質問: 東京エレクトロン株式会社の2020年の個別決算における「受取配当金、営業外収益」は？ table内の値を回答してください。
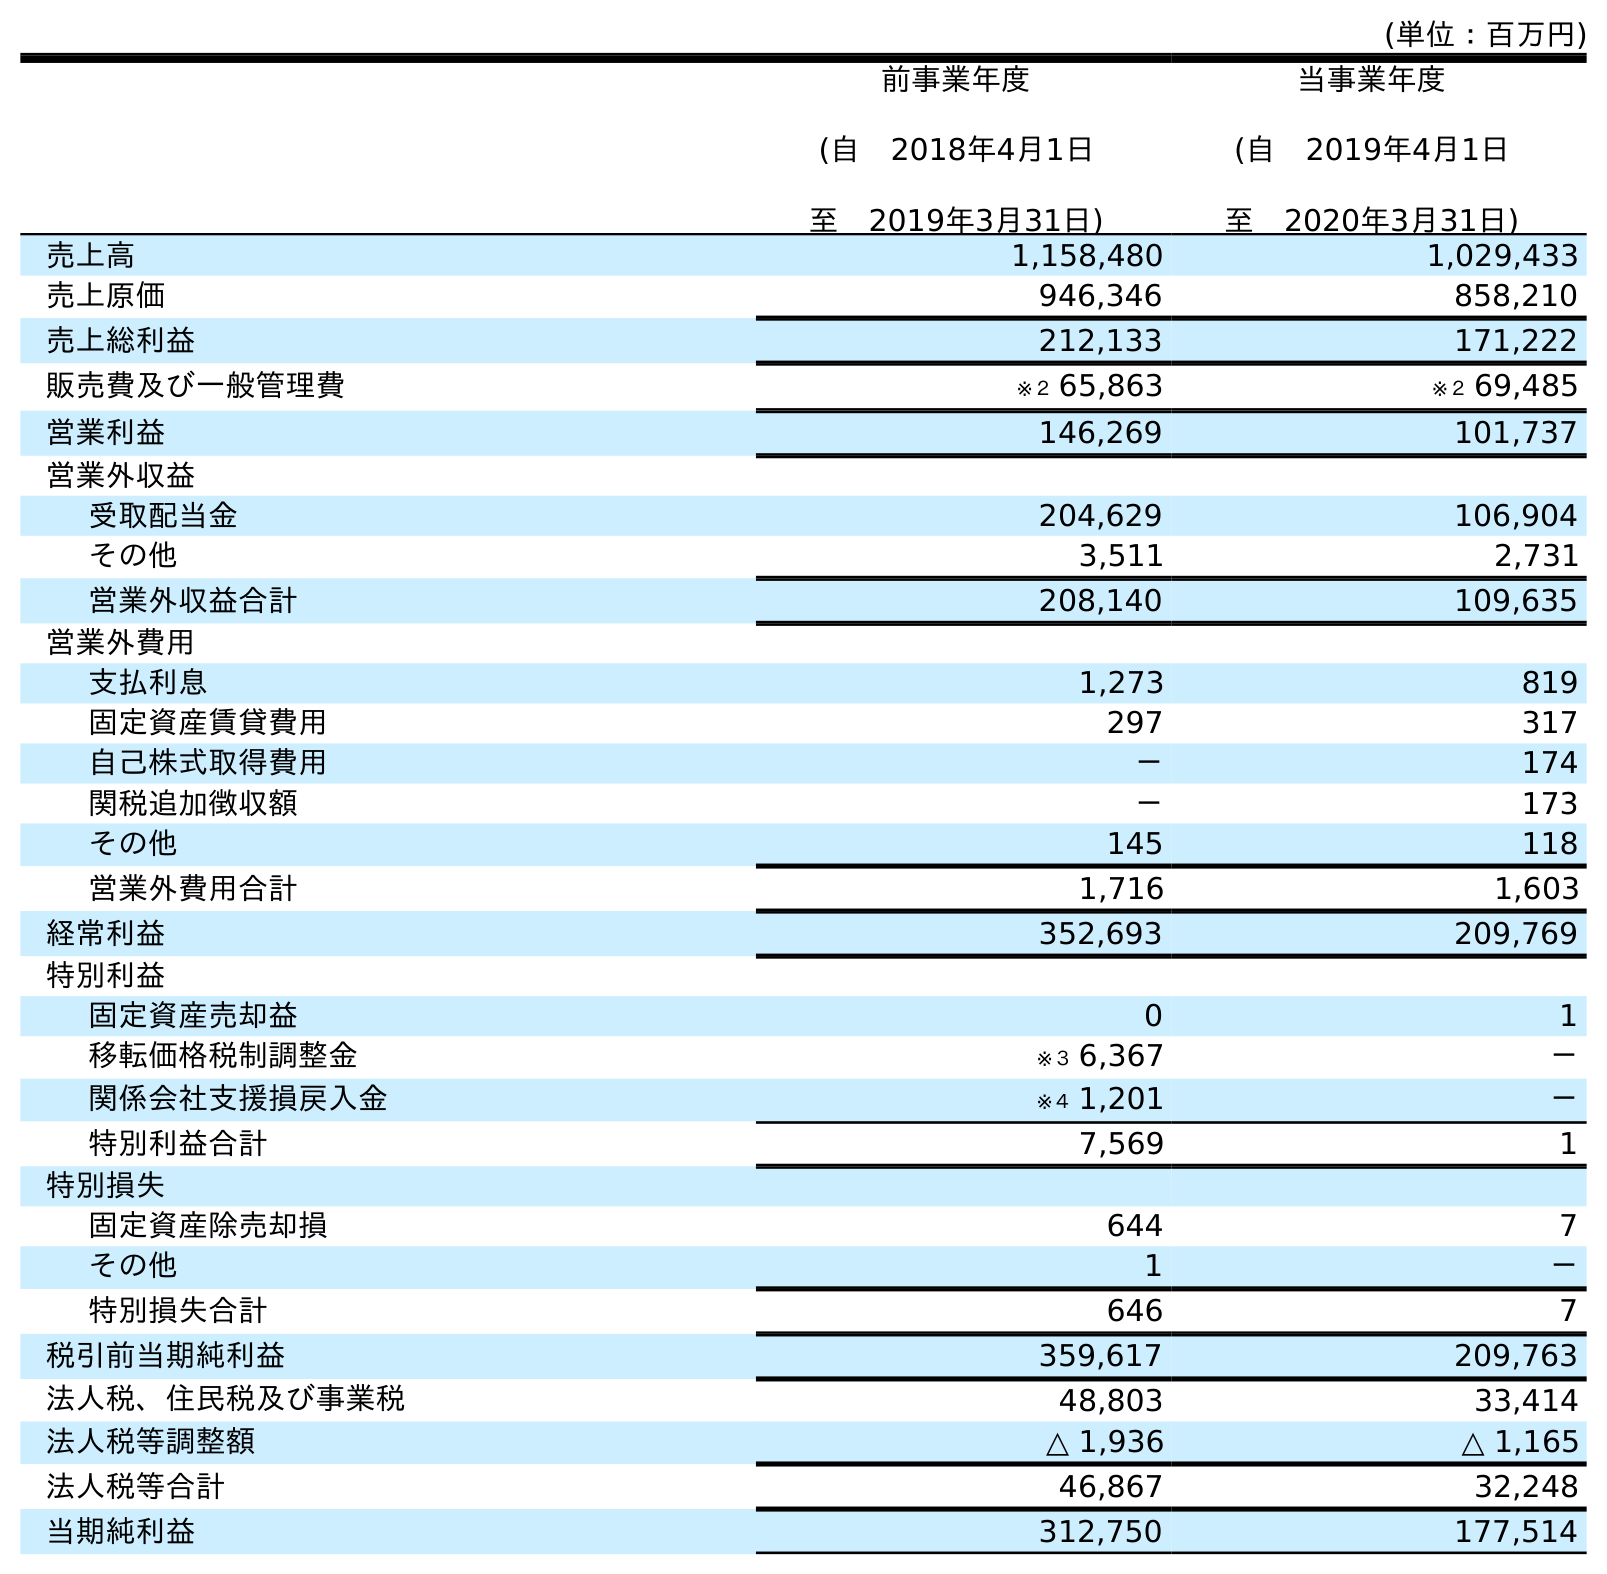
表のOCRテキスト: (単位：百万円) 前事業年度 (自 2018年4月1日 至 2019年3月31日) 当事業年度 (自 2019年4月1日 至 2020年3月31日) 売上高 1,158,480 1,029,433 売上原価 946,346 858,210 売上総利益 212,133 171,222 販売費及び一般管理費 ※２ 65,863 ※２ 69,485 営業利益 146,269 101,737 営業外収益 受取配当金 204,629 106,904 その他 3,511 2,731 営業外収益合計 208,140 109,635 営業外費用 支払利息 1,273 819 固定資産賃貸費用 297 317 自己株式取得費用 － 174 関税追加徴収額 － 173 その他 145 118 営業外費用合計 1,716 1,603 経常利益 352,693 209,769 特別利益 固定資産売却益 0 1 移転価格税制調整金 ※３ 6,367 － 関係会社支援損戻入金 ※４ 1,201 － 特別利益合計 7,569 1 特別損失 固定資産除売却損 644 7 その他 1 － 特別損失合計 646 7 税引前当期純利益 359,617 209,763 法人税、住民税及び事業税 48,803 33,414 法人税等調整額 △ 1,936 △ 1,165 法人税等合計 46,867 32,248 当期純利益 312,750 177,514
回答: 106,904